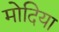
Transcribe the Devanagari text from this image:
मोदिया